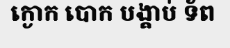
ក្ងោក បោក បង្គាប់ ទ័ព